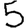
Digit: 5